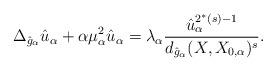
LaTeX: \begin{align*}\Delta_{\hat{g}_\alpha}\hat{u}_\alpha + \alpha\mu_\alpha^2\hat{u}_\alpha =\lambda_\alpha\frac{\hat{u}_\alpha^{2^*(s)-1}}{d_{\hat{g}_\alpha}(X,X_{0,\alpha})^s}.\end{align*}